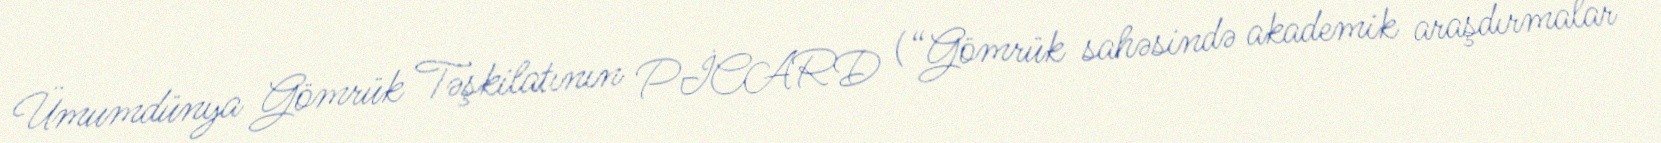
Ümumdünya Gömrük Təşkilatının PİCARD (“Gömrük sahəsində akademik araşdırmalar